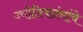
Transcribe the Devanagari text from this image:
ज्योतिषग्रंथांचे